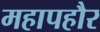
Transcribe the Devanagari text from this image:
महापहौर